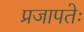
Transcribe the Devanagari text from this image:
प्रजापतेः